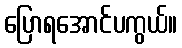
ပြောရအောင်ပကွယ်။